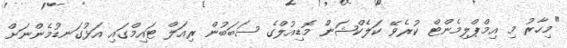
"މިހާރު މި އިމްޕްލިމެންޓް ކުރެވޭ ކަލެކްޝަން މޮޑިއުލްގެ ސަބަބުން ރިއަލް ޓައިމްގައި އަޅުގަނޑުމެންނަށް